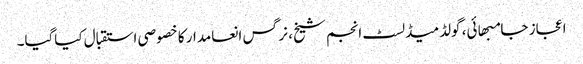
اعجاز جامبھائی، گولڈمیڈلسٹ انجم شیخ، نرگس انعامدار کا خصوصی استقبال کیاگیا۔